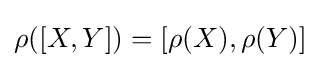
\rho ([X,Y])=[\rho (X),\rho (Y)]